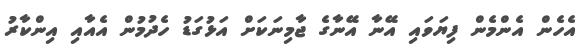
އެހެން އެންމެން ފިޔަވައި އޭނާ އޭނާގެ ޖާމިނަކަށް އަޅުގަޑު ހެދުމުން އެއާއި އިންކާރު